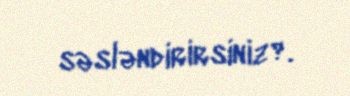
səsləndirirsiniz?.